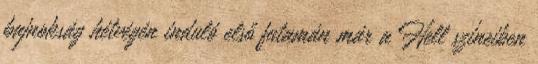
bajnokság hétvégén induló első futamán már a Hell színeiben